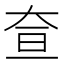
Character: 𡘍